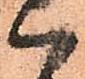
ハ